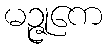
မဉ္ဇုကေ